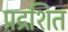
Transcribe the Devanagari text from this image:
प्रद्रशित